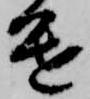
進